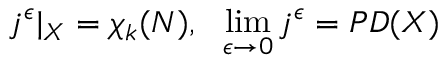
j ^ { \epsilon } | _ { X } = \chi _ { k } ( N ) , \ \ \operatorname * { l i m } _ { \epsilon \rightarrow 0 } j ^ { \epsilon } = P D ( X )